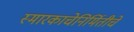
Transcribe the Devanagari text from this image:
स्मारकाचेनिर्मितीचे